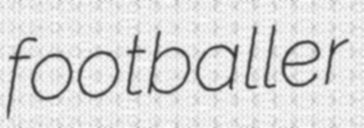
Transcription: footballer